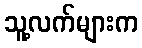
သူ့လက်များက